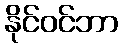
နိုင်ဝင်ဘာ